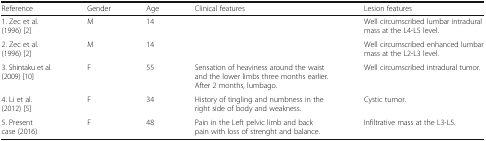
<table><thead><tr><td><b>Reference</b></td><td><b>Gender</b></td><td><b>Age</b></td><td><b>Clinical features</b></td><td><b>Lesion features</b></td></tr></thead><tbody><tr><td>1. Zec et al. (1996) [2]</td><td>M</td><td>14</td><td></td><td>Well circumscribed lumbar intradural mass at the L4-L5 level.</td></tr><tr><td>2. Zec et al. (1996) [2]</td><td>M</td><td>14</td><td></td><td>Well circumscribed enhanced lumbar mass at the L2-L3 level.</td></tr><tr><td>3. Shintaku et al. (2009) [10]</td><td>F</td><td>55</td><td>Sensation of heaviness around the waist and the lower limbs three months earlier. After 2 months, lumbago.</td><td>Well circumscribed intradural tumor.</td></tr><tr><td>4. Li et al. (2012) [5]</td><td>F</td><td>34</td><td>History of tingling and numbness in the right side of body and weakness.</td><td>Cystic tumor.</td></tr><tr><td>5. Present case (2016)</td><td>F</td><td>48</td><td>Pain in the Left pelvic limb and back pain with loss of strenght and balance.</td><td>Infiltrative mass at the L3-L5.</td></tr></tbody></table>